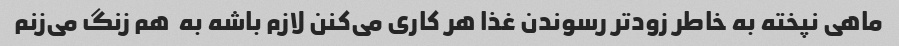
ماهی نپخته به خاطر زود‌تر رسوندن غذا هر کاری می‌کنن لازم باشه به  هم زنگ می‌زنم